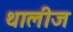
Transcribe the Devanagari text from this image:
थालीज